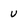
Character: U